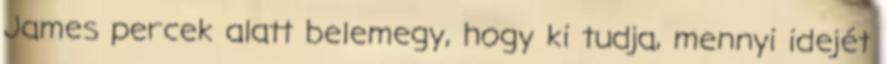
James percek alatt belemegy, hogy ki tudja, mennyi idejét